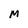
Character: M